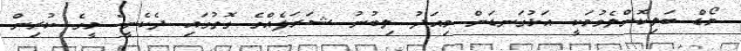
މޯޑް ބަލިކޮށްލެވުމަކީ އަޅުގަނޑަށް މިއަދު ލިބުނު ޝަރަފެއްގެ ގޮތުގައި ދެކެނީ" މީގެ ކުރިން